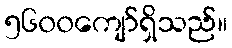
၅၆၀၀ကျော်ရှိသည်။